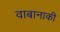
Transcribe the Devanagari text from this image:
वाबानाकी